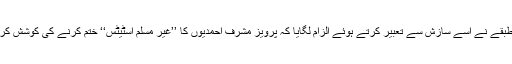
تاہم ایک طبقے نے اسے سازش سے تعبیر کرتے ہوئے الزام لگایا کہ پرویز مشرف احمدیوں کا ’’غیر مسلم اسٹیٹس‘‘ ختم کرنے کی کوشش کررہے ہیں۔